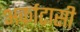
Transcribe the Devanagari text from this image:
अर्काटासी